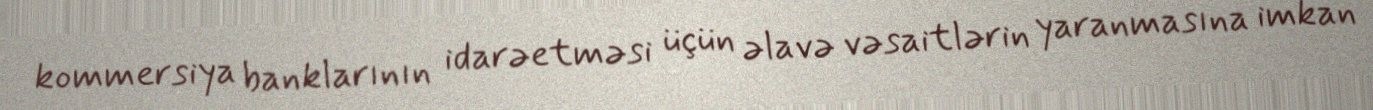
kommersiya banklarının idarəetməsi üçün əlavə vəsaitlərin yaranmasına imkan